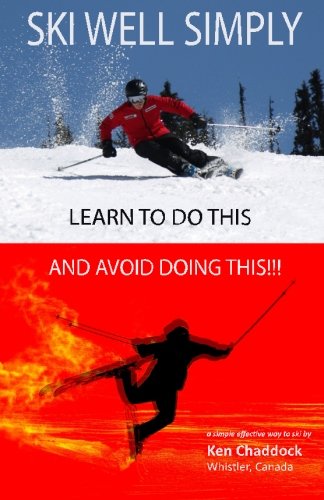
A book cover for Ski Well Simply; Ken Chaddock; Sports & Outdoors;